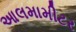
આલમામીટર